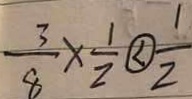
\frac { 3 } { 8 } \times \frac { 1 } { 2 } \textcircled { < } \frac { 1 } { 2 }